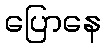
ပြောနေ